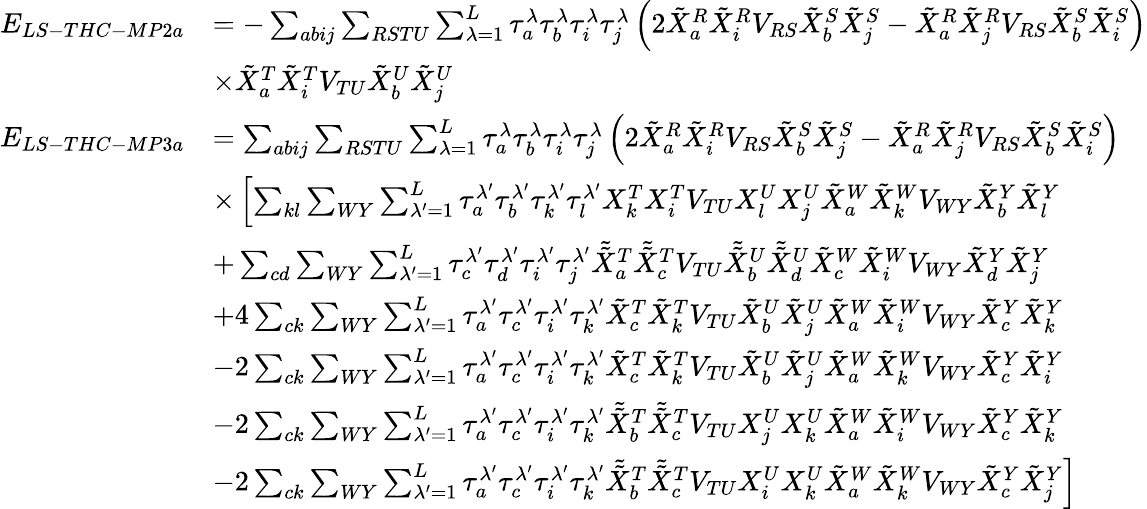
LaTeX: \begin{array}{rl}{E_{LS-THC-MP2a}}&{=-\sum_{abij}\sum_{RSTU}\sum_{\lambda=1}^{L}\tau_{a}^{\lambda}\tau_{b}^{\lambda}\tau_{i}^{\lambda}\tau_{j}^{\lambda}\left(2\tilde{X}_{a}^{R}\tilde{X}_{i}^{R}V_{RS}\tilde{X}_{b}^{S}\tilde{X}_{j}^{S}-\tilde{X}_{a}^{R}\tilde{X}_{j}^{R}V_{RS}\tilde{X}_{b}^{S}\tilde{X}_{i}^{S}\right)}\\ &{\times\tilde{X}_{a}^{T}\tilde{X}_{i}^{T}V_{TU}\tilde{X}_{b}^{U}\tilde{X}_{j}^{U}}\\ {E_{LS-THC-MP3a}}&{=\sum_{abij}\sum_{RSTU}\sum_{\lambda=1}^{L}\tau_{a}^{\lambda}\tau_{b}^{\lambda}\tau_{i}^{\lambda}\tau_{j}^{\lambda}\left(2\tilde{X}_{a}^{R}\tilde{X}_{i}^{R}V_{RS}\tilde{X}_{b}^{S}\tilde{X}_{j}^{S}-\tilde{X}_{a}^{R}\tilde{X}_{j}^{R}V_{RS}\tilde{X}_{b}^{S}\tilde{X}_{i}^{S}\right)}\\ &{\times\left[\sum_{kl}\sum_{WY}\sum_{\lambda^{\prime}=1}^{L}\tau_{a}^{\lambda^{\prime}}\tau_{b}^{\lambda^{\prime}}\tau_{k}^{\lambda^{\prime}}\tau_{l}^{\lambda^{\prime}}X_{k}^{T}X_{i}^{T}V_{TU}X_{l}^{U}X_{j}^{U}\tilde{X}_{a}^{W}\tilde{X}_{k}^{W}V_{WY}\tilde{X}_{b}^{Y}\tilde{X}_{l}^{Y}\right.}\\ &{\left.+\sum_{cd}\sum_{WY}\sum_{\lambda^{\prime}=1}^{L}\tau_{c}^{\lambda^{\prime}}\tau_{d}^{\lambda^{\prime}}\tau_{i}^{\lambda^{\prime}}\tau_{j}^{\lambda^{\prime}}\tilde{\tilde{X}}_{a}^{T}\tilde{\tilde{X}}_{c}^{T}V_{TU}\tilde{\tilde{X}}_{b}^{U}\tilde{\tilde{X}}_{d}^{U}\tilde{X}_{c}^{W}\tilde{X}_{i}^{W}V_{WY}\tilde{X}_{d}^{Y}\tilde{X}_{j}^{Y}\right.}\\ &{\left.+4\sum_{ck}\sum_{WY}\sum_{\lambda^{\prime}=1}^{L}\tau_{a}^{\lambda^{\prime}}\tau_{c}^{\lambda^{\prime}}\tau_{i}^{\lambda^{\prime}}\tau_{k}^{\lambda^{\prime}}\tilde{X}_{c}^{T}\tilde{X}_{k}^{T}V_{TU}\tilde{X}_{b}^{U}\tilde{X}_{j}^{U}\tilde{X}_{a}^{W}\tilde{X}_{i}^{W}V_{WY}\tilde{X}_{c}^{Y}\tilde{X}_{k}^{Y}\right.}\\ &{\left.-2\sum_{ck}\sum_{WY}\sum_{\lambda^{\prime}=1}^{L}\tau_{a}^{\lambda^{\prime}}\tau_{c}^{\lambda^{\prime}}\tau_{i}^{\lambda^{\prime}}\tau_{k}^{\lambda^{\prime}}\tilde{X}_{c}^{T}\tilde{X}_{k}^{T}V_{TU}\tilde{X}_{b}^{U}\tilde{X}_{j}^{U}\tilde{X}_{a}^{W}\tilde{X}_{k}^{W}V_{WY}\tilde{X}_{c}^{Y}\tilde{X}_{i}^{Y}\right.}\\ &{\left.-2\sum_{ck}\sum_{WY}\sum_{\lambda^{\prime}=1}^{L}\tau_{a}^{\lambda^{\prime}}\tau_{c}^{\lambda^{\prime}}\tau_{i}^{\lambda^{\prime}}\tau_{k}^{\lambda^{\prime}}\tilde{\tilde{X}}_{b}^{T}\tilde{\tilde{X}}_{c}^{T}V_{TU}X_{j}^{U}X_{k}^{U}\tilde{X}_{a}^{W}\tilde{X}_{i}^{W}V_{WY}\tilde{X}_{c}^{Y}\tilde{X}_{k}^{Y}\right.}\\ &{\left.-2\sum_{ck}\sum_{WY}\sum_{\lambda^{\prime}=1}^{L}\tau_{a}^{\lambda^{\prime}}\tau_{c}^{\lambda^{\prime}}\tau_{i}^{\lambda^{\prime}}\tau_{k}^{\lambda^{\prime}}\tilde{\tilde{X}}_{b}^{T}\tilde{\tilde{X}}_{c}^{T}V_{TU}X_{i}^{U}X_{k}^{U}\tilde{X}_{a}^{W}\tilde{X}_{k}^{W}V_{WY}\tilde{X}_{c}^{Y}\tilde{X}_{j}^{Y}\right]}\end{array}